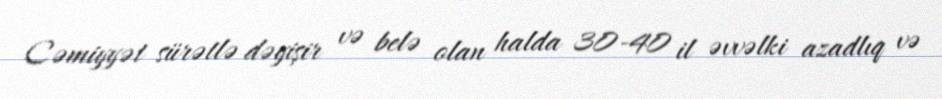
Cəmiyyət sürətlə dəyişir və belə olan halda 30-40 il əvvəlki azadlıq və